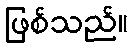
ဖြစ်သည်။